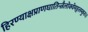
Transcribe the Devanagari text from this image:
हिरण्याक्षप्राणघातिन्त्रैलोक्येमङ्गलम्कुरु॥